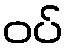
ဝပ်